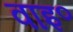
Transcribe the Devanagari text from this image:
वाइ॰